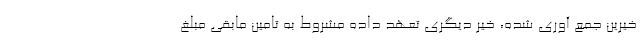
خیرین جمع آوری شده، خیر دیگری تعهد داده مشروط به تامین مابقی مبلغ